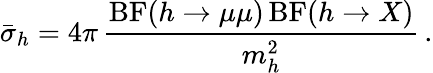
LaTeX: \bar{\sigma}_{h}=4\pi\, {\frac{\mathrm{BF}(h\to\mu\mu)\, \mathrm{BF}(h\to X)}{m_{h}^{2}}}\, .